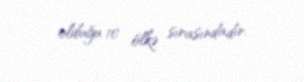
olduğu 10 ölkə sırasındadır.